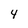
Character: 4